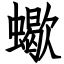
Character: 蠍